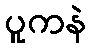
ပူကနဲ